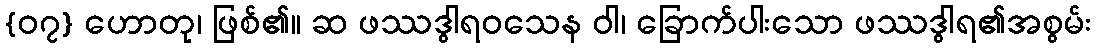
{၀၇} ဟောတု၊ ဖြစ်၏။ ဆ ဖဿဒွါရဝသေန ဝါ၊ ခြောက်ပါးသော ဖဿဒွါရ၏အစွမ်း